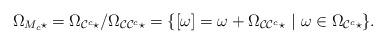
LaTeX: \begin{align*} \Omega_{M_c\star} =\Omega_{\mathcal{C}^c\star}/\Omega_{\mathcal{C}\mathcal{C}^c\star} =\{[\omega]=\omega+\Omega_{\mathcal{C}\mathcal{C}^c\star}~|~ \omega\in\Omega_{\mathcal{C}^c\star}\}.\end{align*}